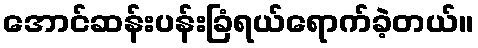
အောင်ဆန်းပန်းခြံရယ်ရောက်ခဲ့တယ်။